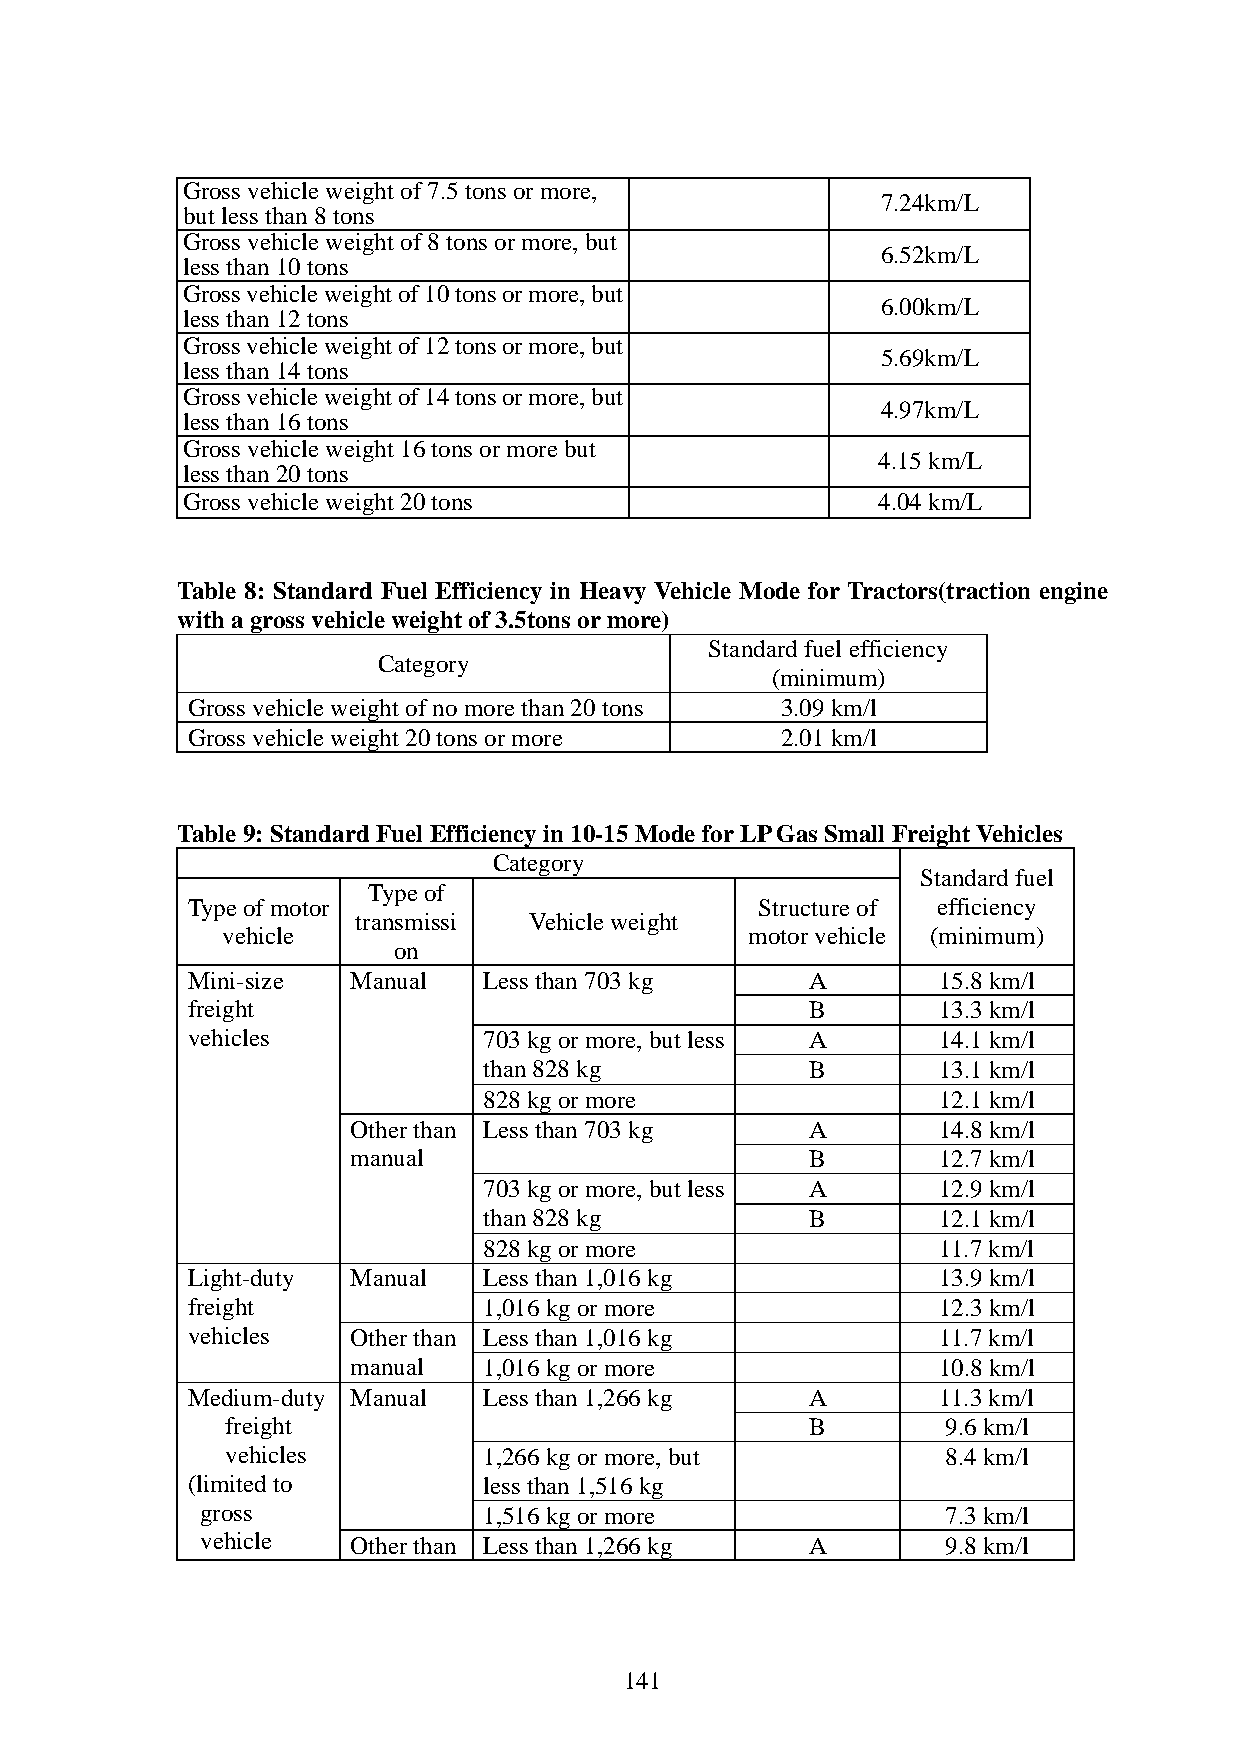
Gross vehicle weight of 7.5 tons or more,
 7.24km/L
 but less than 8 tons
 Gross vehicle weight of 8 tons or more, but
 6.52km/L
 less than 10 tons
 Gross vehicle weight of 10 tons or more, but
 6.00km/L
 less than 12 tons
 Gross vehicle weight of 12 tons or more, but
 5.69km/L
 less than 14 tons
 Gross vehicle weight of 14 tons or more, but
 4.97km/L
 less than 16 tons
 Gross vehicle weight 16 tons or more but
 4.15 km/L
 less than 20 tons
 Gross vehicle weight 20 tons                  4.04 km/L
 Table 8: Standard Fuel Efficiency in Heavy Vehicle Mode for Tractors(traction engine
 with a gross vehicle weight of 3.5tons or more)
 Standard fuel efficiency
 Category
 (minimum)
 Gross vehicle weight of no more than 20 tons 3.09 km/l
 Gross vehicle weight 20 tons or more    2.01 km/l
 Table 9: Standard Fuel Efficiency in 10-15 Mode for LP Gas Small Freight Vehicles
 Category
 Standard fuel
 Type of
 Type of motor                         Structure of efficiency
 transmissi Vehicle weight
 vehicle                            motor vehicle (minimum)
 on
 Mini-size  Manual   Less than 703 kg     A        15.8 km/l
 freight                                   B       13.3 km/l
 vehicles            703 kg or more, but less A    14.1 km/l
 than 828 kg           B       13.1 km/l
 828 kg or more                12.1 km/l
 Other than Less than 703 kg   A        14.8 km/l
 manual                         B       12.7 km/l
 703 kg or more, but less A    12.9 km/l
 than 828 kg           B       12.1 km/l
 828 kg or more                11.7 km/l
 Light-duty Manual   Less than 1,016 kg            13.9 km/l
 freight             1,016 kg or more              12.3 km/l
 vehicles   Other than Less than 1,016 kg          11.7 km/l
 manual   1,016 kg or more              10.8 km/l
 Medium-duty Manual  Less than 1,266 kg   A        11.3 km/l
 freight                                B        9.6 km/l
 vehicles         1,266 kg or more, but          8.4 km/l
 (limited to         less than 1,516 kg
 gross              1,516 kg or more               7.3 km/l
 vehicle   Other than Less than 1,266 kg A         9.8 km/l
 141